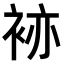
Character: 𧙡